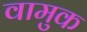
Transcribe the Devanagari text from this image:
वामुक